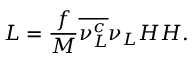
{ \cal L } = { \frac { f } { M } } \overline { { { \nu _ { L } ^ { c } } } } \nu _ { L } H H .